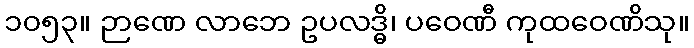
၁၀၅၃။ ဉာဏေ လာဘေ ဥပလဒ္ဓိ၊ ပဝေဏီ ကုထဝေဏိသု။